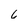
Character: 6